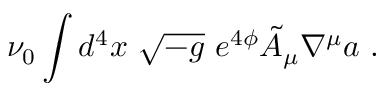
\nu _ { 0 } \int d ^ { 4 } x \ \sqrt { - g } \ e ^ { 4 \phi } \tilde { A } _ { \mu } \nabla ^ { \mu } a \ .